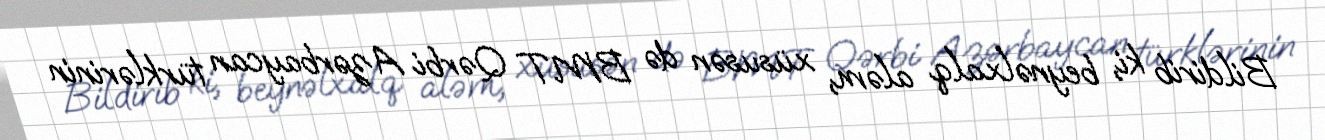
Bildirib ki, beynəlxalq aləm, xüsusən də BMT Qərbi Azərbaycan türklərinin